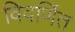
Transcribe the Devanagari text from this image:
विवर्णित